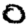
Digit: 0